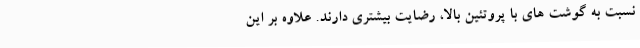
نسبت به گوشت های با پروتئین بالا، رضایت بیشتری دارند. علاوه بر این